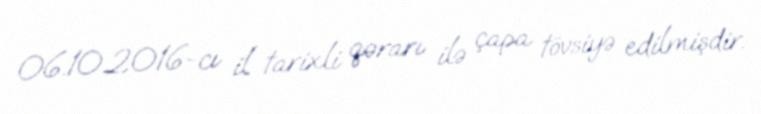
06.10.2016-cı il tarixli qərarı ilə çapa tövsiyə edilmişdir.